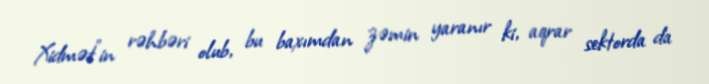
Xidmət”in rəhbəri olub, bu baxımdan zəmin yaranır ki, aqrar sektorda da